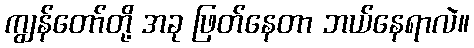
ကျွန်တော်တို့ အခု ဖြတ်နေတာ ဘယ်နေရာလဲ။